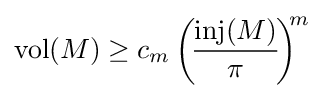
\mathrm {vol} (M)\geq c_{m}\left(\!{\frac {\mathrm {inj} (M)}{\pi }}\!\right)^{\!\!m}